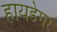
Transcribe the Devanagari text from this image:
हायडेगर